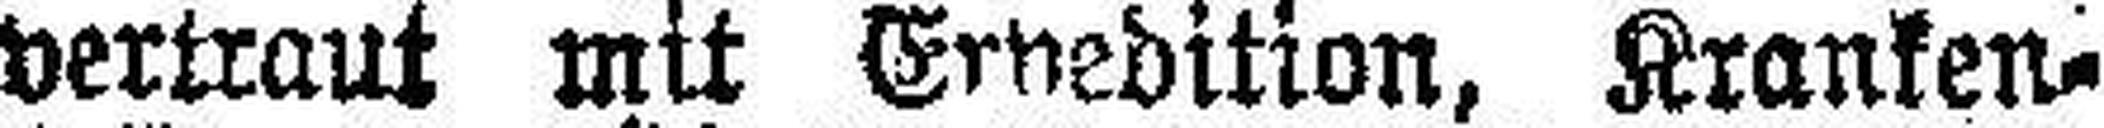
vertraut mit Ernedition, Kranken¬